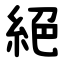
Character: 絕